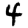
Digit: 4